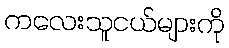
ကလေးသူငယ်များကို